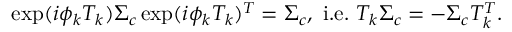
\exp ( i \phi _ { k } T _ { k } ) \Sigma _ { c } \exp ( i \phi _ { k } T _ { k } ) ^ { T } = \Sigma _ { c } , \mathrm { ~ i . e . ~ } T _ { k } \Sigma _ { c } = - \Sigma _ { c } T _ { k } ^ { T } .